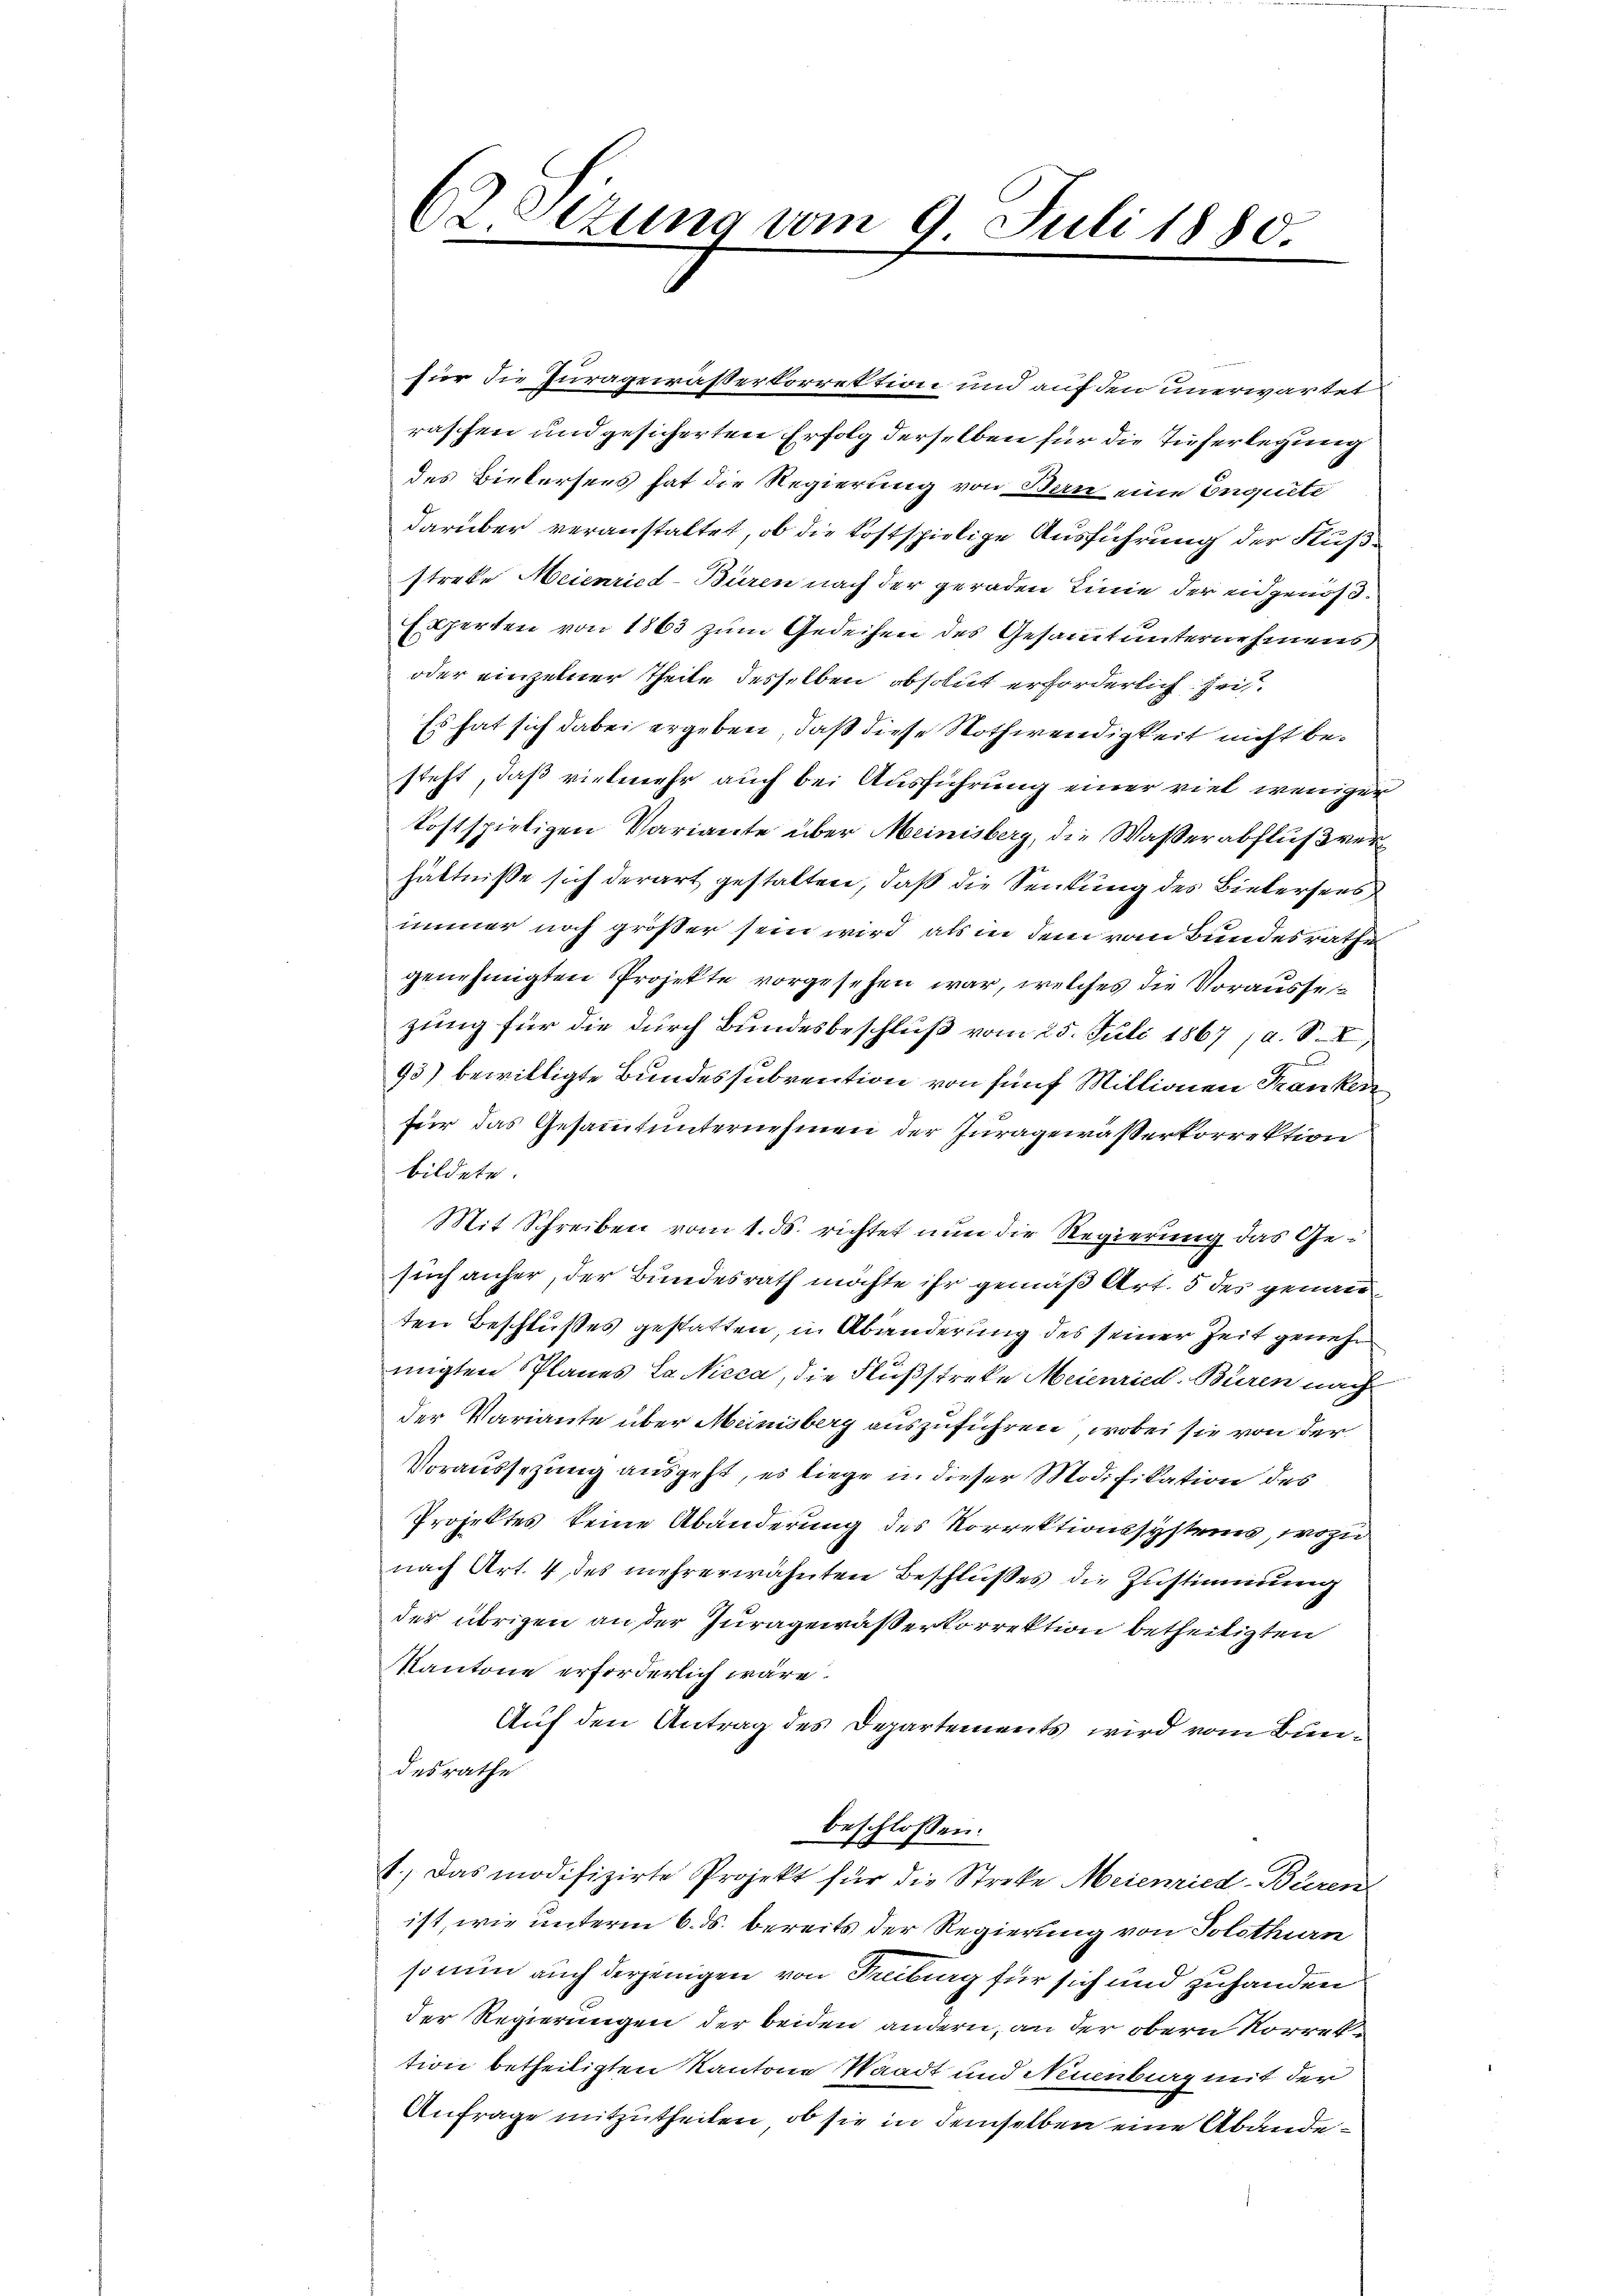
62 Stzung vom 9. Juli 1880.

für die Juragewässerkorrektion und auf den unerwartet
raschen und gesicherten Erfolg derselben für die Tieferlegung
des Biebersees hat die Regierung von Bern eine Inquite
darüber veranstaltet, ob die kostspielige Ausführung der Flußstrebe Meienried-Büren nach der geraden Linie der eidgenöß¬
Experten von 1863 zum Gedeihen des Gesammt unternehmens
oder einzelner Theile desselben obsolut erforderlich sei¬
Es hat sich dabei ergeben, daß diese Nothwendigkeit nicht besteht, daß vielmehr auch bei Ausführung einer viel weniger
tostspieligen Variante über Meinisberg, die Waßerabflußver
hältniße sich derart gestalten, daß die Senkung des Bietersees
immer noch grösser sein wird, als in dem vom Bundesrathe
genehmigten Projekte vorgesehen war, welches die Vorausses
zung für die durch Bundesbeschluß vom 25. Juli 1867 (a. S. I,
2
93) bewilligte Bundessubvention von fünf Millionen Franken
für das Gesammtunternehmen der Juragewässerkorrektion
bildete.
Mit Schreiben vom 1. ds. richtet nun die Regierung das Gesuch anher, der Bundesrath möchte ihr gemäß Art. 5 des genannten Beschlußes gestatten, in Abänderung des seiner Zeit genehmigten Planes Lackisca, die Flußstreke Meienried. Buren nach
der Variante über Meinisberg auszuführen, wobei sie von der
Voraussetzung ausgeht, es liege in dieser Modifikation des
Projektes keine Abänderung des Korrektionssystems, wozu
nach Art. 4 des mehrerwähnten Beschlußes die Zustimmung
der übrigen an der Juragewässerkorrektion betheiligten
Kantone erforderlich wäre.
Auf den Antrag des Departements wird vom Bundesrathe
beschlossen:
1.) Das modifizirte Projekt für die Streke Meienried-Büren
ist, wie unterm 6. ds. bereits der Regierung von Solothurn
so nun auch derjenigen von Freiburg für sich und zuhanden
der Regierungen der beiden andern, an der obern Korrettion betheiligten Kantone Waadt und Neuenburg mit der
Anfrage mitzutheilen, ob sie in demselben eine Abände¬